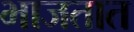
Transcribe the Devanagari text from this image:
भाजतात